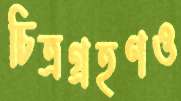
চিত্রগ্রহণও